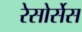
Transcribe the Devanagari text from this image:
रेसोर्सेस